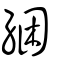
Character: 綑